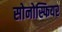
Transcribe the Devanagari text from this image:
सोनोस्फियर